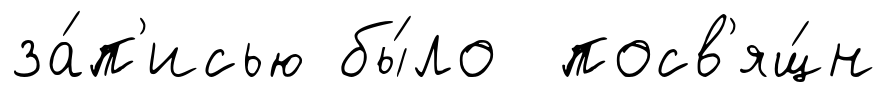
за́п'исью бы́ло посв'ящ́н